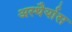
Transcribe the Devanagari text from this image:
अस्थैर्यास